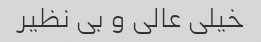
خیلی عالی و بی نظیر